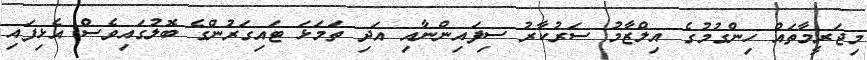
މިޖަރީމާތައް ހިންގުމުގެ އިލްޒާމު ސަރުކާރު ސިފައިންނާއި އަދި ތަމަޅަ ޓައިގަރުންގެ ބޮލުގައިވެސް އެޅިފައި